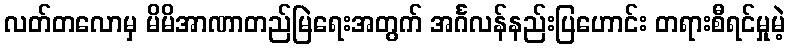
လတ်တလောမှ မိမိအာဏာတည်မြဲရေးအတွက် အင်္ဂလန်နည်းပြဟောင်း တရားစီရင်မှုမဲ့